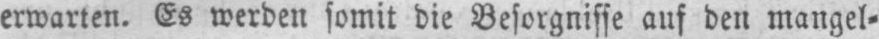
erwarten. Es werden somit die Besorgnisse auf den mangel⸗